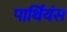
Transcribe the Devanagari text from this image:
पार्थियंस